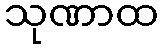
သုဏာထ